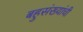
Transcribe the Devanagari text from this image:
बहुसंख्यांची